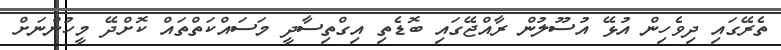
ތެރޭގައި ދިވެހިން އުޅޭ އުސޫލުން ރާއްޖޭގައި ބޮޑެތި އިގްތިސާދީ މަސައްކަތްތައް ކޮށްދޭ މީހުންނަށް